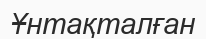
Ұнтақталған